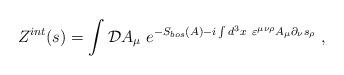
LaTeX: \begin{align*}Z^{int}(s)=\int {\cal D}A_\mu ~e^{-S_{bos}(A)-i\int d^3x~\varepsilon ^{\mu\nu \rho }A_\mu \partial _\nu s_\rho }~,\end{align*}